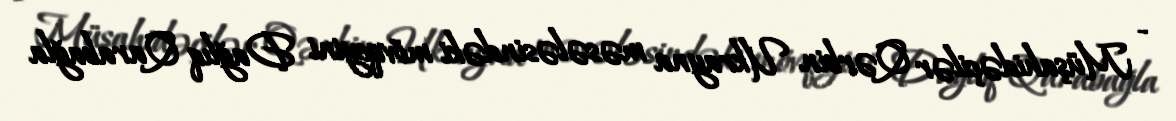
- Müşahidəçilər Qərbin Ukrayna məsələsindəki mövqeyini Dağlıq Qarabağla